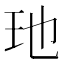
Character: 𮴃